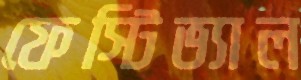
ফেস্টিভ্যাল